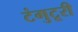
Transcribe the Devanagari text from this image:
टंगुटूरी